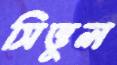
সিত্তুল